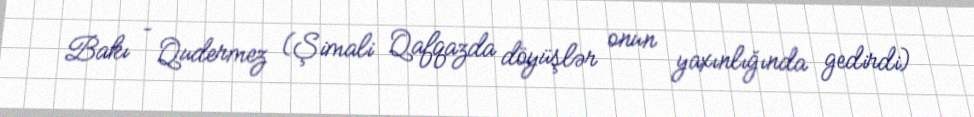
Bakı – Qudermez (Şimali Qafqazda döyüşlər onun yaxınlığında gedirdi)